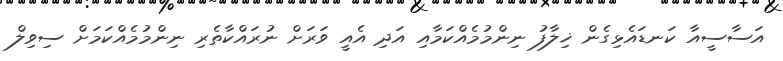
އަސާސީއާ ކަނޑައެޅިގެން ޚިލާފު ނިންމުމެއްކަމާއި އަދި އެއީ ވަރަށް ނުރައްކާތެރި ނިންމުމެއްކަމަށް ސިވިލް